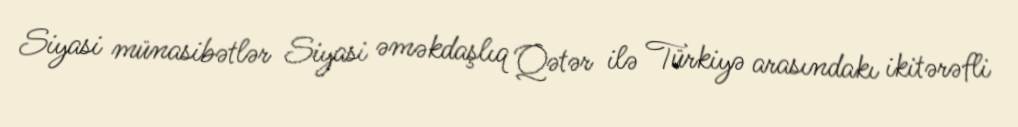
Siyasi münasibətlər Siyasi əməkdaşlıq Qətər ilə Türkiyə arasındakı ikitərəfli